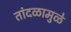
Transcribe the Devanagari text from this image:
तांदळामुळे